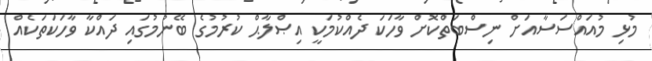
މުޅި މުއައްސަސާއަށް ނިސްބަތްކޮށް ވާހަކަ ދެއްކުމަކީ އިޞްލާޙް ކުރުމުގެ ބޭނުމުގައި ދައްކާ ވާހަކަތަކެއް